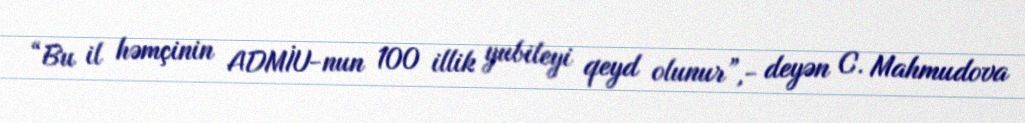
“Bu il həmçinin ADMİU-nun 100 illik yubileyi qeyd olunur”,- deyən C. Mahmudova